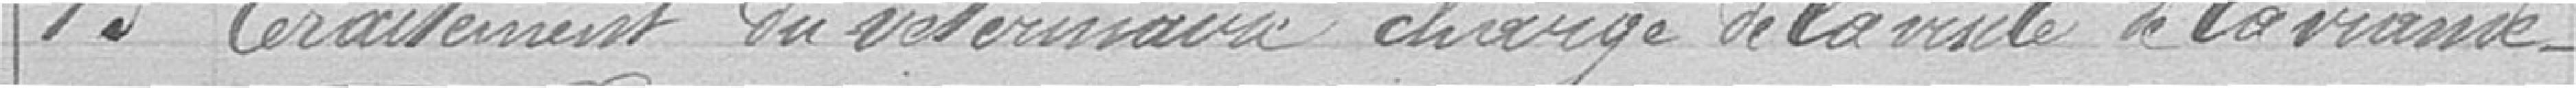
13 traitement du vétérinaire chargé de la visite de la viande